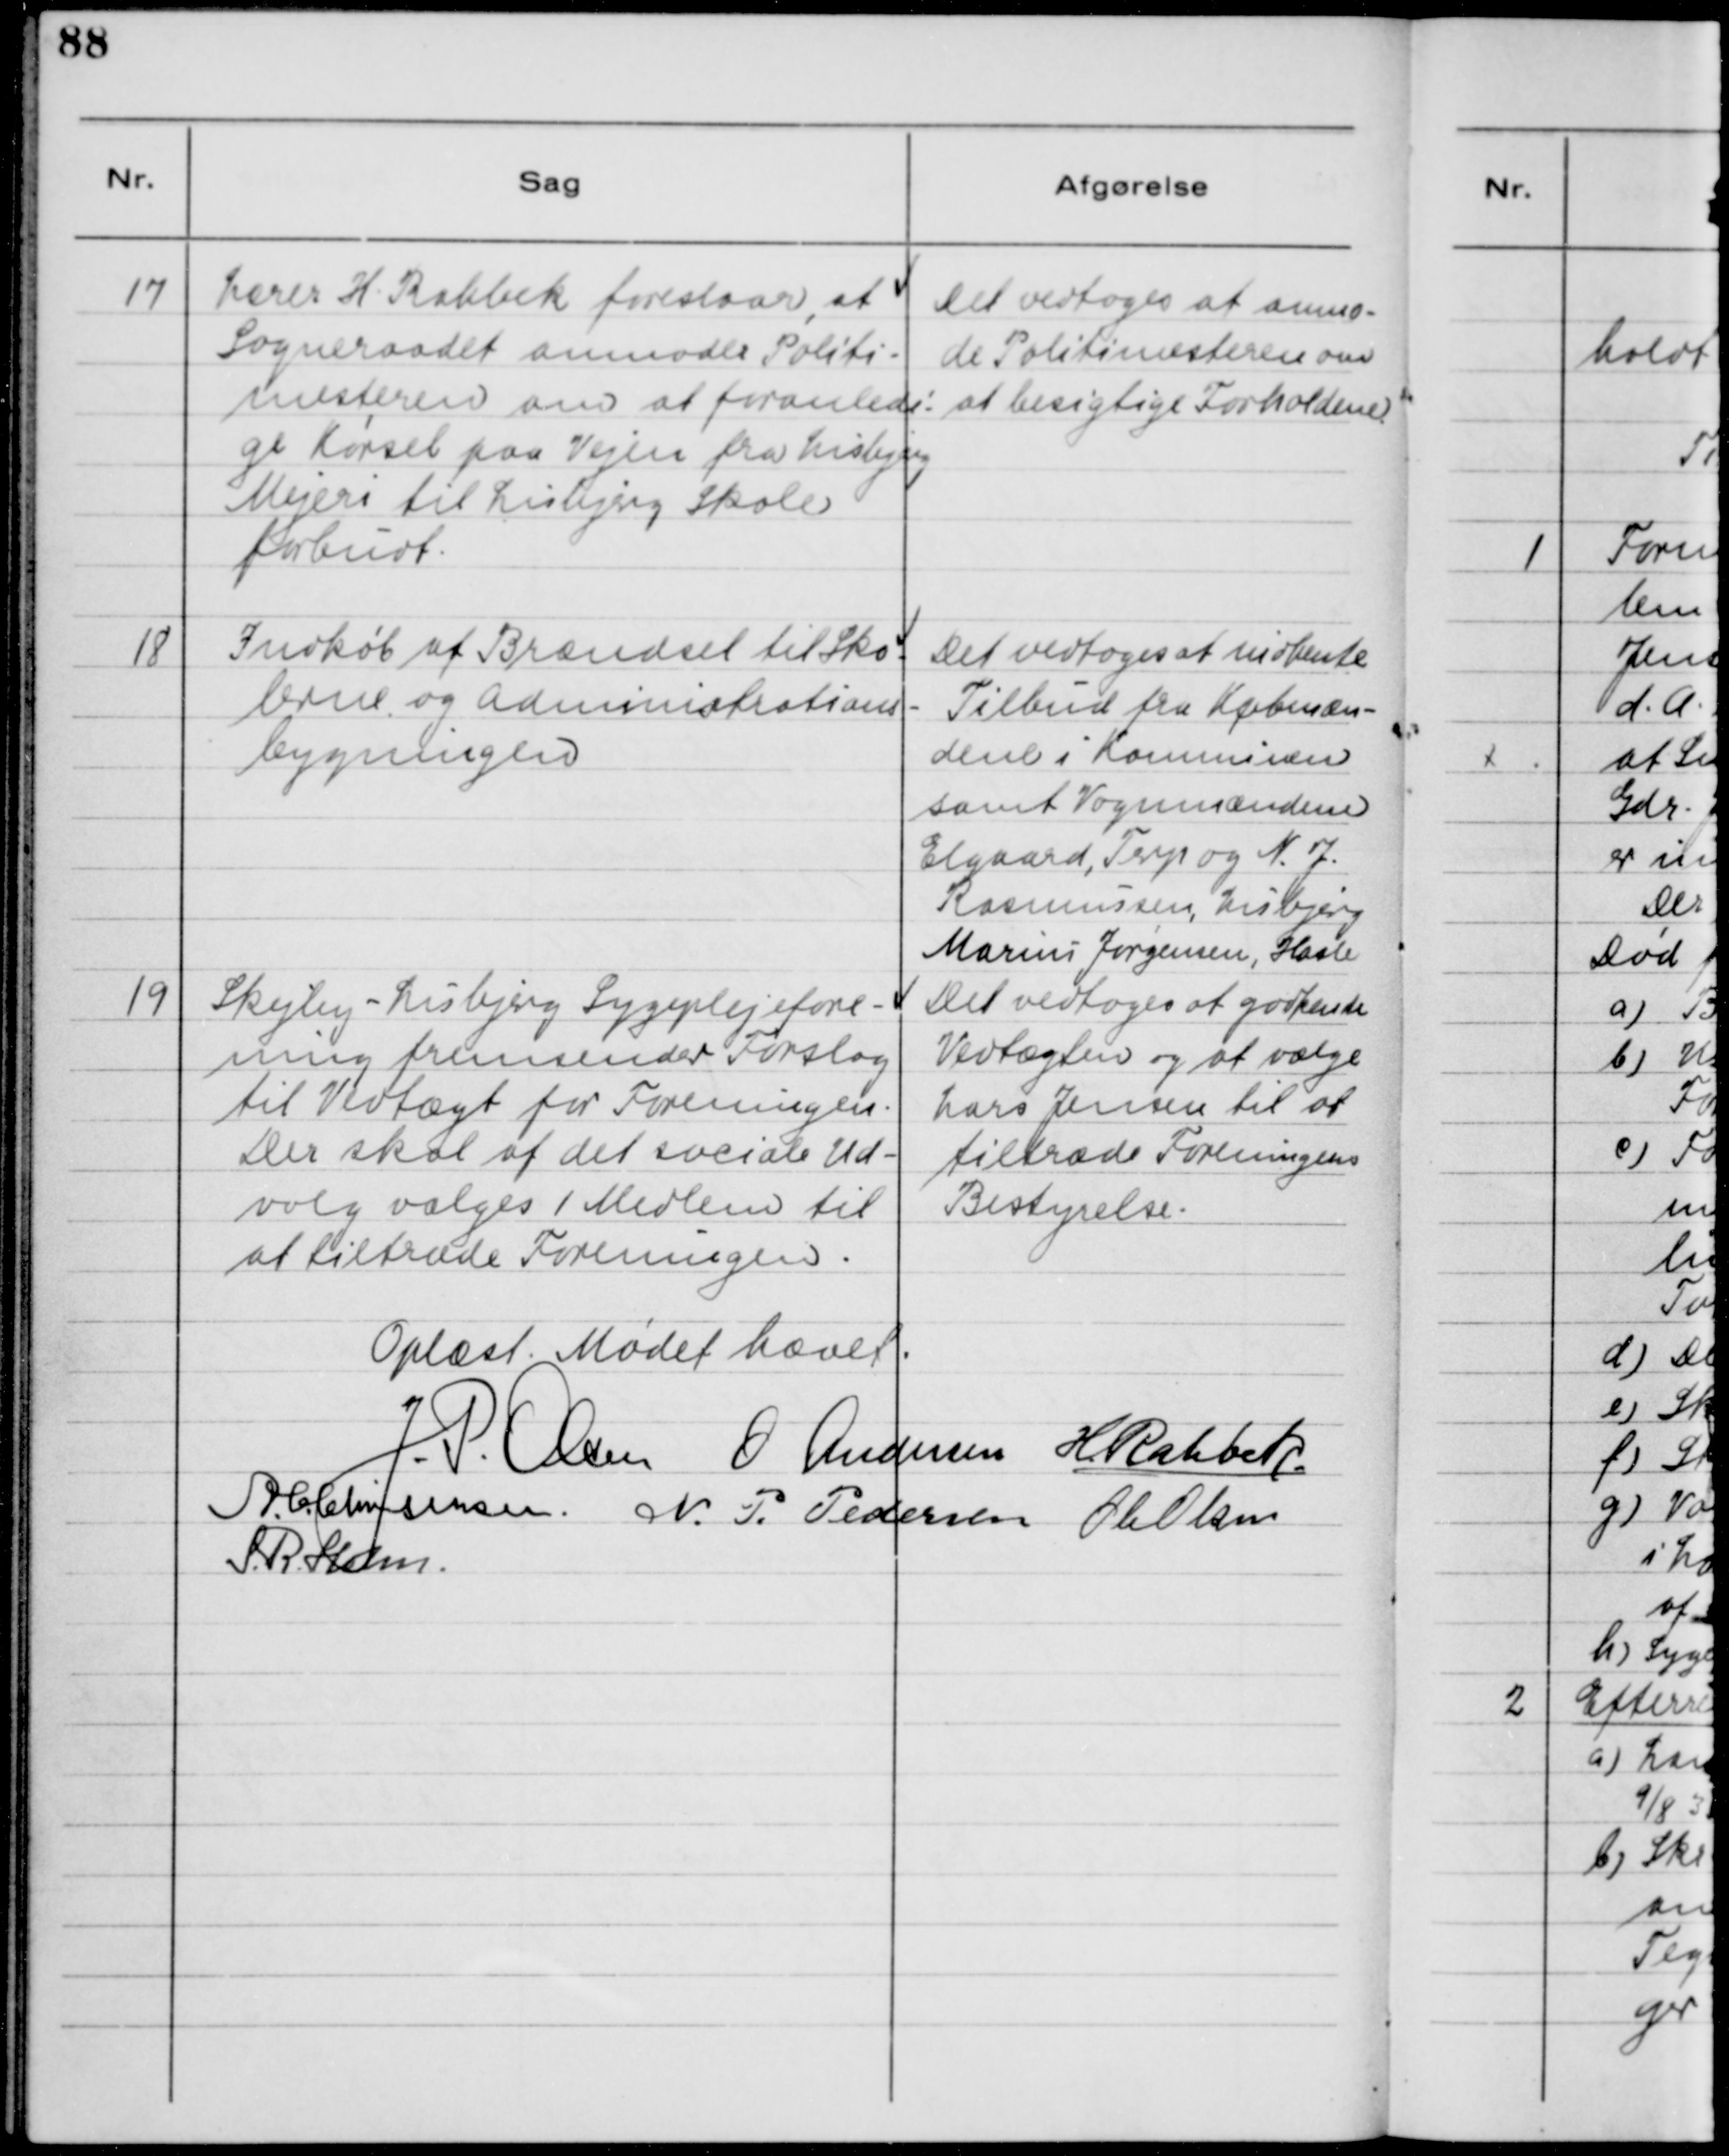
Transskription:
17

Lærer H. Rahbek foreslaar, at
Sogneraadet anmoder Politi-
mesteren om at foranledi-
ge Kørsel paa Vejen fra Lisbjerg
Mejeri til Lisbjerg Skole
forbudt.

Det vedtoges at anmo-
de Politimesteren om
at besigtige Forholdene.

18

Indkøb af Brændsel til Sko-
lerne og Administrations-
bygningen.

Det vedtoges at indhente
Tilbud fra Købmæn-
dene i Kommunen
samt Vognmændene
Elgaard, Terp og N. J.
Rasmussen, Lisbjerg
Marius Jørgensen, Hasle

19

Skejby - Lisbjerg Sygeplejefore-
ning fremsender Forslag
til Vedtægt for Foreningen.
Der skal af det sociale Ud-
valg vælges 1 Medlem til
at tiltræde Foreningen.

Det vedtoges at godkende
Vedtægten og at vælge
Lars Jensen til at
tiltræde Foreningens
Bestyrelse.

Oplæst. Mødet hævet.